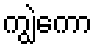
ကျွဲကော